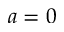
a = 0